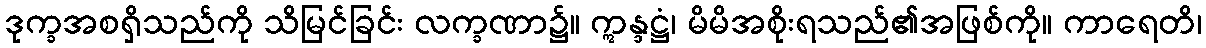
ဒုက္ခအစရှိသည်ကို သိမြင်ခြင်း လက္ခဏာ၌။ ဣန္ဒဋ္ဌံ၊ မိမိအစိုးရသည်၏အဖြစ်ကို။ ကာရေတိ၊